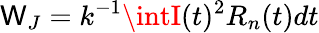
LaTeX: \mathsf{W}_{J}=k^{-1}\intI(t)^{2}R_{n}(t)dt